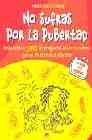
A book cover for No sufras por la pubertad / Do Not Suffer Through Puberty: Respuestas a todas las preguntas sobre tu cuerpo que no te atreves a plantear (Una Guia Para Jovenes) (Spanish Edition); Marguerite Crump; Teen & Young Adult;